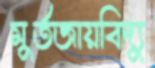
মুর্তজায়বিদ্যু